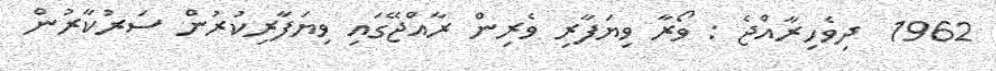
1962  ދިވެހިރާއްޖެ : ވޯރާ ވިޔަފާރި ވެރިން ރާއްޖޭގައި ވިޔަފާރިކުރުން ސަރުކާރުން